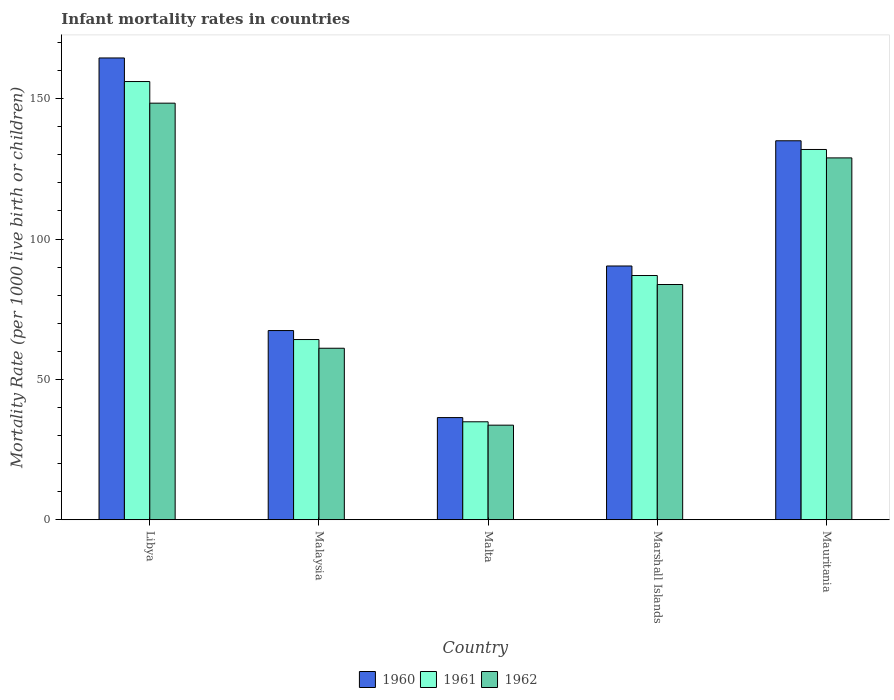
| Country | 1960 | 1961 | 1962 |
 | --- | --- | --- | --- |
 | Libya | 164 | 156 | 148 |
 | Malaysia | 67.4 | 64.2 | 61.1 |
 | Malta | 36.4 | 34.9 | 33.7 |
 | Marshall Islands | 90.4 | 87 | 83.8 |
 | Mauritania | 135 | 132 | 129 |